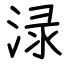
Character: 渌